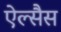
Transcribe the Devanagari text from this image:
ऐल्सैस